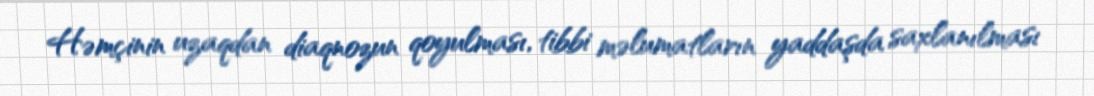
Həmçinin uzaqdan diaqnozun qoyulması, tibbi məlumatların yaddaşda saxlanılması